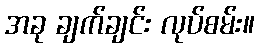
အခု ချက်ချင်း လုပ်စမ်း။